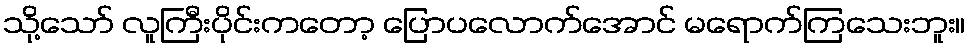
သို့သော် လူကြီးပိုင်းကတော့ ပြောပလောက်အောင် မရောက်ကြသေးဘူး။